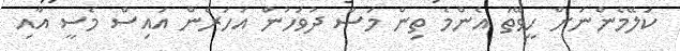
ކަލޭމެންނަށް ހީވޭތަ އެންމެ ތިން މަސް ދުވަހުން އަހަރެން އައިސް މެސީ އާއި